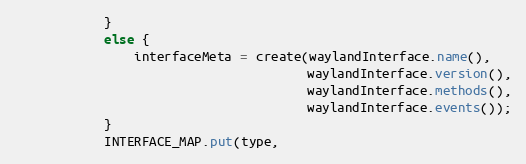
Language: Java
            }
            else {
                interfaceMeta = create(waylandInterface.name(),
                                       waylandInterface.version(),
                                       waylandInterface.methods(),
                                       waylandInterface.events());
            }
            INTERFACE_MAP.put(type,